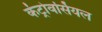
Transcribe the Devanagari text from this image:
कंट्रोवर्सियल